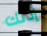
إذنك